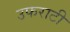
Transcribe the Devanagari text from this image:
उफराटी